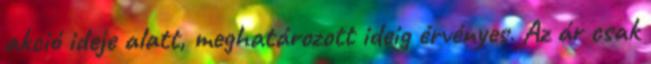
akció ideje alatt, meghatározott ideig érvényes. Az ár csak